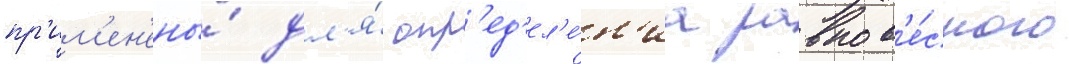
пр'им'ен'ены́ дл'я́ опр'ед'ел'е́н'иа равнов'е́сного